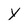
Character: Y